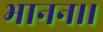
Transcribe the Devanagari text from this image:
भानन।।